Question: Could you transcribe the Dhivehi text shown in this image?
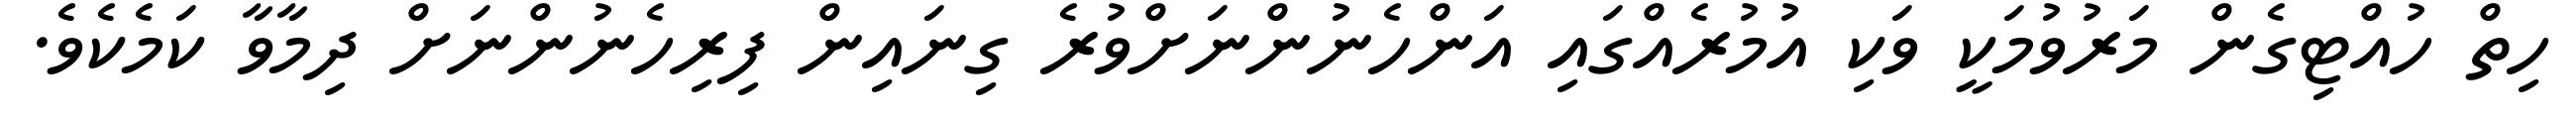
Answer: ހިތް ހުއްޓިގެން މަރުވުމަކީ ވަކި އުމުރެއްގައި އަންހެނުންނަށްވުރެ ގިނައިން ފިރިހެނުންނަށް ދިމާވާ ކަމެކެވެ.